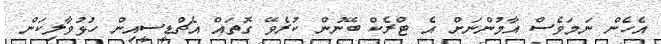
އެހެން ނަމަވެސް އާމުންނަށް އެ ޓްރެކް ބޭނުން ކުރެވޭ ގޮތައް އެޗްޑީސީއިން ހުޅުވާލިކަން